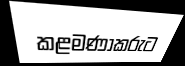
කළමණාකරුට